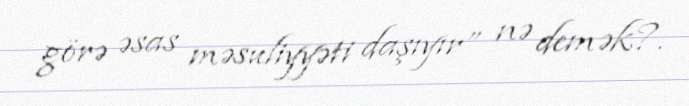
görə əsas məsuliyyəti daşıyır” nə demək?.